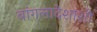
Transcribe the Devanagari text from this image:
बांगलादेशाशी